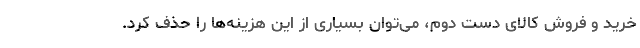
خرید و فروش کالای دست دوم، می‌توان بسیاری از این هزینه‌ها را حذف کرد.